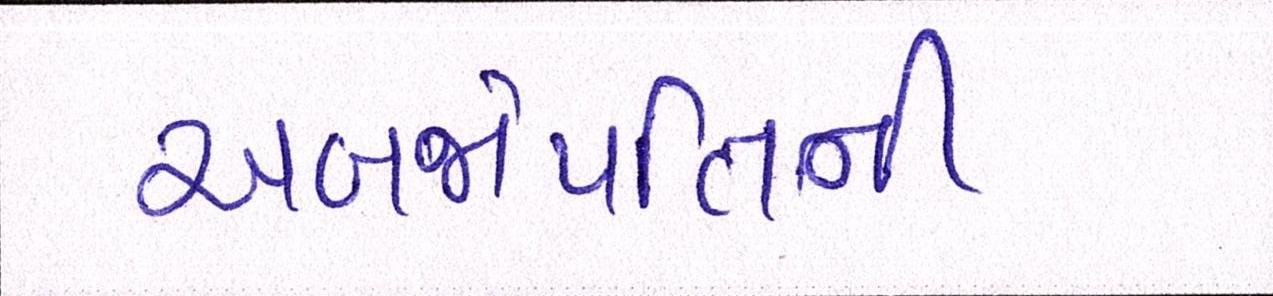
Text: અબજોપતિની